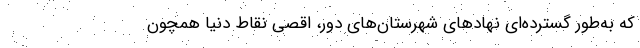
که به‌طور گسترده‌ای نهادهای شهرستان‌های دور، اقصی نقاط دنیا همچون